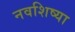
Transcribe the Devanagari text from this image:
नवशिष्या